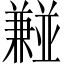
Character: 𫡂